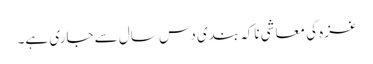
غزہ کی معاشی ناکہ بندی دس سال سے جاری ہے۔